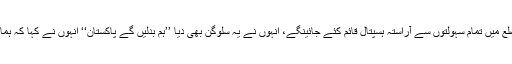
ملک میں یکساں نظام تعلیم رائج کرینگے ہر ضلع میں تمام سہولتوں سے آراستہ ہسپتال قائم کئے جائینگے، انہوں نے یہ سلوگن بھی دیا ’’ہم بدلیں گے پاکستان‘‘ انہوں نے کہا کہ ہمارے منشور کا پہلا نکتہ معیشت کی بحالی ہے۔